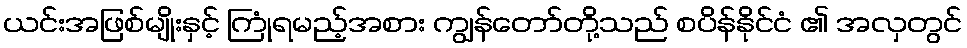
ယင်းအဖြစ်မျိုးနှင့် ကြုံရမည့်အစား ကျွန်တော်တို့သည် စပိန်နိုင်ငံ ၏ အလှတွင်